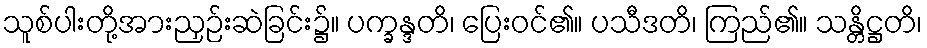
သူစ်ပါးတို့အားညှဉ်းဆဲခြင်း၌။ ပက္ခန္ဒတိ၊ ပြေးဝင်၏။ ပသီဒတိ၊ ကြည်၏။ သန္တိဋ္ဌတိ၊